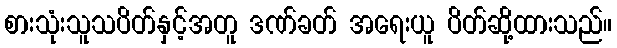
စားသုံးသူသပိတ်နှင့်အတူ ဒဏ်ခတ် အရေးယူ ပိတ်ဆို့ထားသည်။